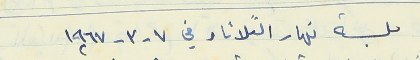
جلسة نهار الثلاثاء في ٧ - ٣ - ١٩٦٧